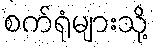
စက်ရုံများသို့